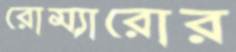
রোম্যারোর